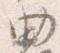
曲